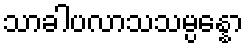
သာခါပလာသသမ္ပန္နော